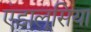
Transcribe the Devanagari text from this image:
एंडालूसिया